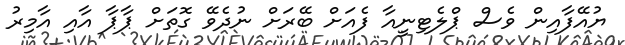
ޔުއޭފާއިން ވެސް ޕްލެޓިނީއާ ފެއަށް ބޭރަށް ނުދެވޭ ގޮތަށް ޕާޕާ އާއި އާމިރު